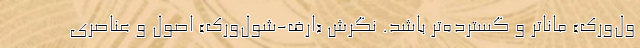
ول‌ورک» ماناتر و گسترده‌تر باشد. نگرش «ارف-شول‌ورک» اصول و عناصری